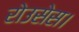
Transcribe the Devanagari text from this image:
रोउसेस।